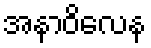
အနာဝိလေန